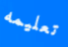
تعليمه